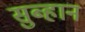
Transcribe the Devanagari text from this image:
सुब्हान